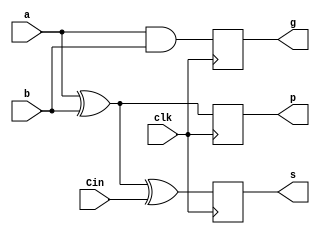
module CLA_adder(
input wire a,b,Cin,clk,
output reg s,p,g
);

always @(posedge clk) 
begin
	 p = a^b;
	 g = a&b;
	 s = p ^Cin;
end
endmodule